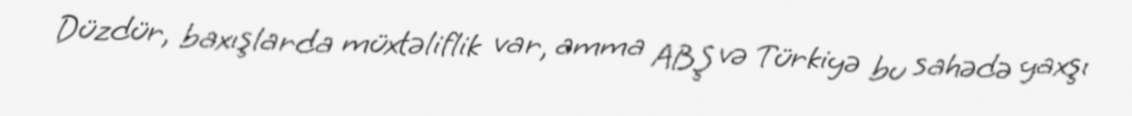
Düzdür, baxışlarda müxtəliflik var, amma ABŞ və Türkiyə bu sahədə yaxşı